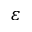
\varepsilon